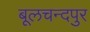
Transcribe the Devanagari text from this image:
बूलचन्दपुर